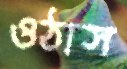
ওঠাস